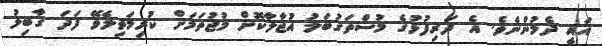
އައީ ދެމުންނެވެ. އެ ދަރިފުޅުގެ މުސްތަގުބަލު އުޖާލާކޮށް މުޖުތަމަށް ކުރިމަތިލެވޭ ފަދަ ގާބިލު